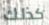
كذلك